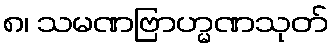
၈၊ သမဏဗြာဟ္မဏသုတ်